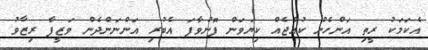
އެކަމަކު ރީތި އަންހެން ކުއްޖެއް ކިޔަވަން ފޮނުވާފަ އެބުރި އަންނަންދެން ވަޒީފާ ރިޒާވު